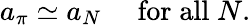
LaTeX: a_{\pi}\simeq a_{N}\quad\mathrm{\; for\; all\; }N.